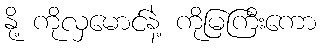
နို့ ကိုလှမောင်နဲ့ ကိုမြကြီးကော